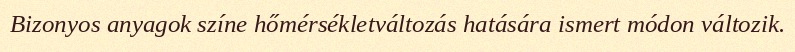
Bizonyos anyagok színe hőmérsékletváltozás hatására ismert módon változik.